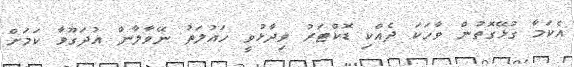
އެކަމާ ގުޅޭގޮތުން ވާހަކަ ދެއްކި ޑޮކްޓަރު ވިދާޅުވީ ހައުލަތު ނޭވާލާން އުދަގޫވާ ކަމަށް